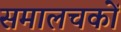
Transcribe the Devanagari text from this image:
समालचकों